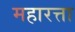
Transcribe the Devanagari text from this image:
महारत्ता